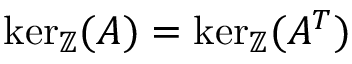
\ker _ { \mathbb { Z } } ( A ) = \ker _ { \mathbb { Z } } ( A ^ { T } )